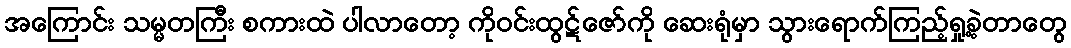
အကြောင်း သမ္မတကြီး စကားထဲ ပါလာတော့ ကိုဝင်းထွဋ်ဇော်ကို ဆေးရုံမှာ သွားရောက်ကြည့်ရှု့ခဲ့တာတွေ